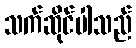
သက်ဆိုင်ပါသည်